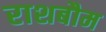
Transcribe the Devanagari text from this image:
राशबौम